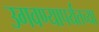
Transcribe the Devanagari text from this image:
उगवण्यापर्यंतच्या